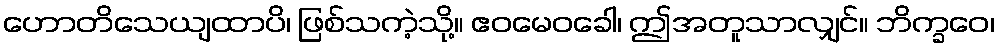
ဟောတိသေယျထာပိ၊ ဖြစ်သကဲ့သို့။ ဧဝမေဝခေါ၊ ဤအတူသာလျှင်။ ဘိက္ခဝေ၊